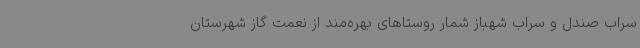
سراب صندل و سراب شهباز شمار روستاهای بهره‌مند از نعمت گاز شهرستان